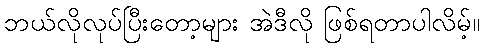
ဘယ်လိုလုပ်ပြီးတော့များ အဲဒီလို ဖြစ်ရတာပါလိမ့်။